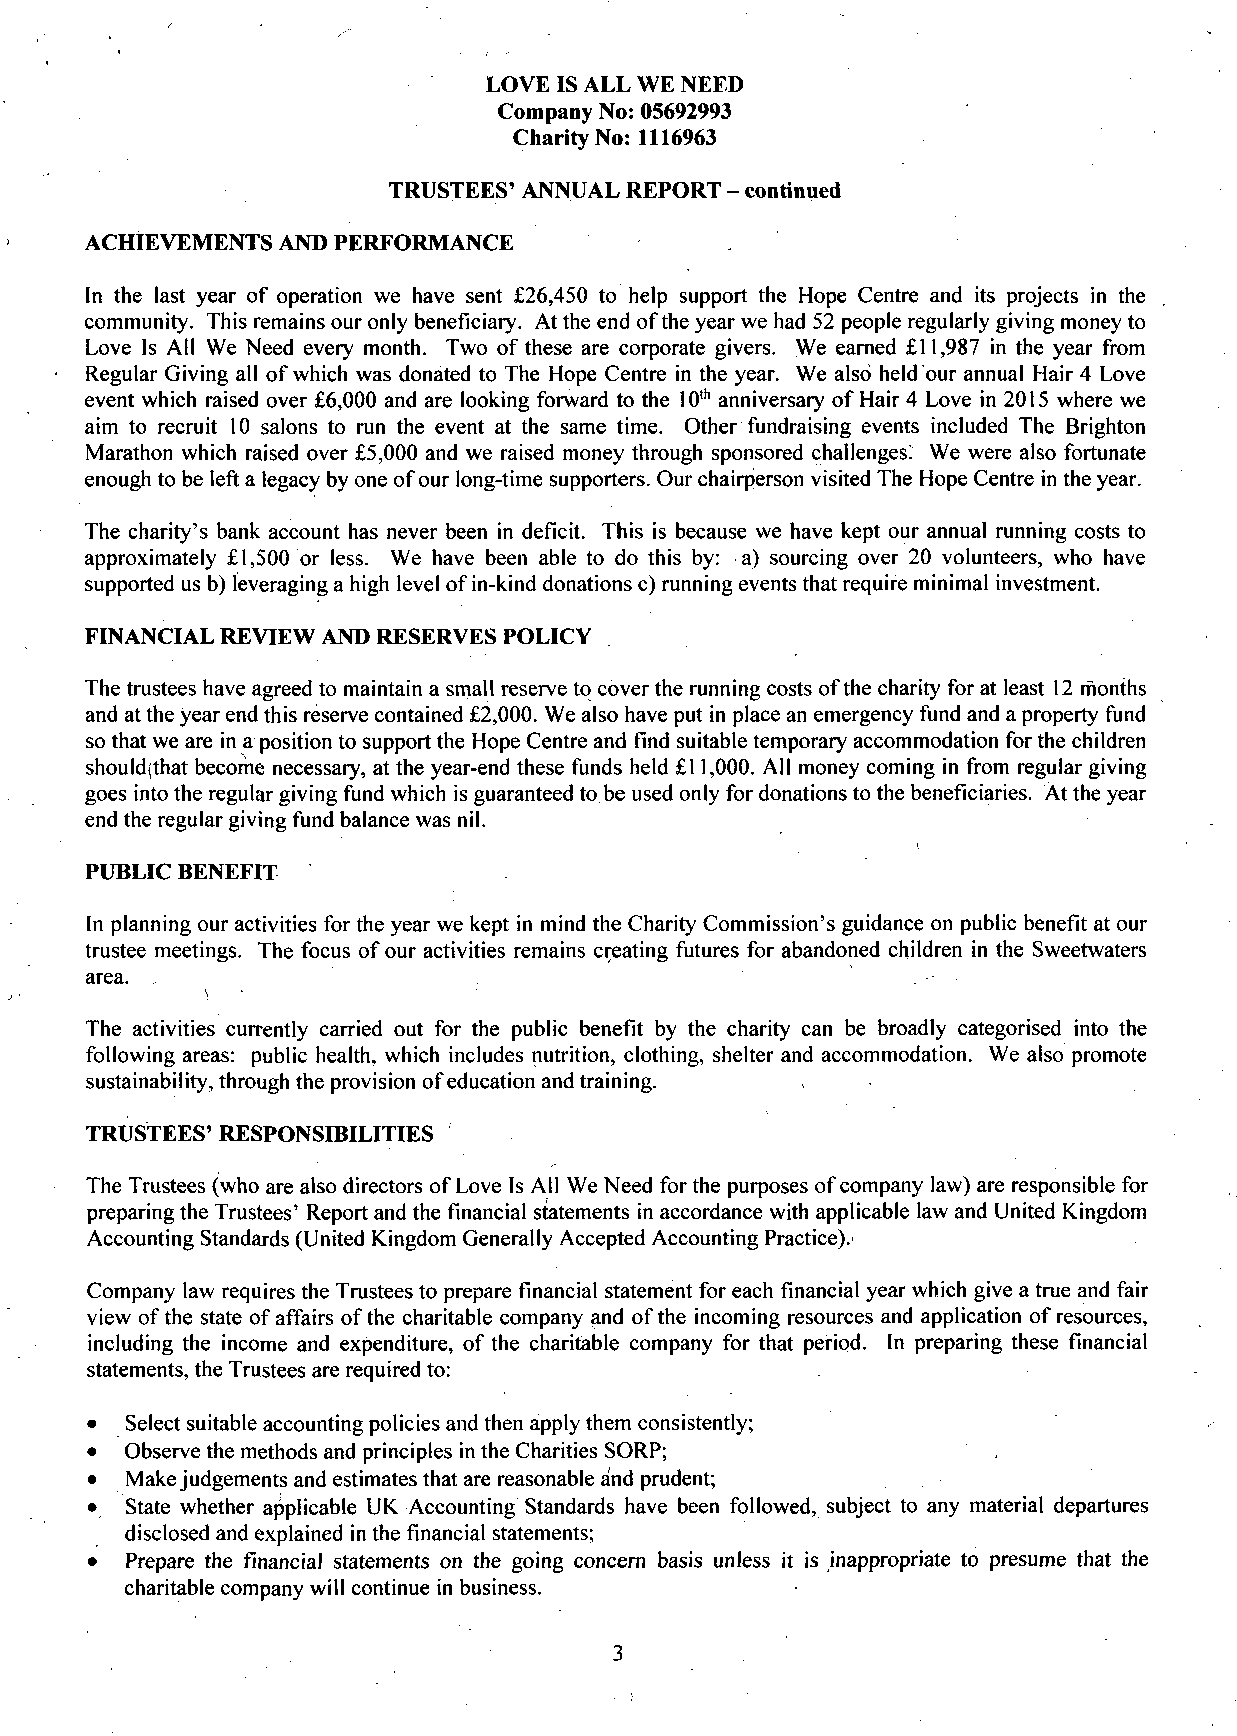
LOVE IS ALL WE NEED
 Company No: 05692993
 Charity No: 1116963
 TRUSTEES'ANNUAL REPORT - continued
 ACHIEVEMENTS AND PERFORMANCE
 In the last year of operation we have sent £26,450 to help support the Hope Centre and its projects in the
 community. This remains our only beneficiary. At the end of the year we had 52 people regularly giving money to
 Love Is All We Need every month. Two of these are corporate givers. We earned £11,987 in the year from
 Regular Giving all of which was donated to The Hope Centre in the year. We also held our annual Hair 4 Love
 event which raised over £6,000 and are looking forward to the 10th anniversary of Hair 4 Love in 2015 where we
 aim to recruit 10 salons to run the event at the same time. Other fundraising events included The Brighton
 Marathon which raised over £5,000 and we raised money through sponsored challenges. We were also fortunate
 enough to be left a legacy by one of our long-time supporters. Our chairperson visited The Hope Centre in the year.
 The charity's bank account has never been in deficit. This is because we have kept our annual running costs to
 approximately £1,500 or less. We have been able to do this by: a) sourcing over 20 volunteers, who have
 supported us b) leveraging a high level of in-kind donations c) running events that require minimal investment.
 FINANCIAL REVIEW AND RESERVES POLICY
 The trustees have agreed to maintain a small reserve tq cover the running costs of the charity for at least 12 months
 and at the year end this reserve contained £2,000. We also have put in place an emergency fund and a property fund
 so that we are in a position to support the Hope Centre and find suitable temporary accommodation for the children
 should(that become necessary, at the year-end these funds held £11,000. All money coming in from regular giving
 goes into the regular giving fund which is guaranteed to be used only for donations to the beneficiaries. At the year
 end the regular giving fund balance was nil.
 PUBLIC BENEFIT
 In planning our activities for the year we kept in mind the Charity Commission's guidance on public benefit at our
 trustee meetings. The focus of our activities remains creating futures for abandoned children in the Sweetwaters
 area.
 The activities currently carried out for the public benefit by the charity can be broadly categorised into the
 following areas: public health, which includes nutrition, clothing, shelter and accommodation. We also promote
 sustainability, through the provision of education and training.
 TRUSTEES'RESPONSD3ILITIES
 The Trustees (who are also directors of Love Is All We Need for the purposes of company law) are responsible for
 preparing the Trustees' Report and the financial statements in accordance with applicable law and United Kingdom
 Accounting Standards (United Kingdom Generally Accepted Accounting Practice).'
 Company law requires the Trustees to prepare financial statement for each financial year which give a true and fair
 view of the state of affairs of the charitable company and of the incoming resources and application of resources,
 including the income and expenditure, of the charitable company for that period. In preparing these financial
 statements, the Trustees are required to:
 • Select suitable accounting policies and then apply them consistently;
 • Observe the methods and principles in the Charities SORP;
 • Make judgements and estimates that are reasonable and prudent;
 • State whether applicable UK Accounting Standards have been followed, subject to any material departures
 disclosed and explained in the financial statements;
 • Prepare the financial statements on the going concern basis unless it is inappropriate to presume that the
 charitable company will continue in business.
 3